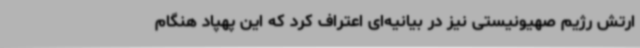
ارتش رژیم صهیونیستی نیز در بیانیه‌ای اعتراف کرد که این پهپاد هنگام